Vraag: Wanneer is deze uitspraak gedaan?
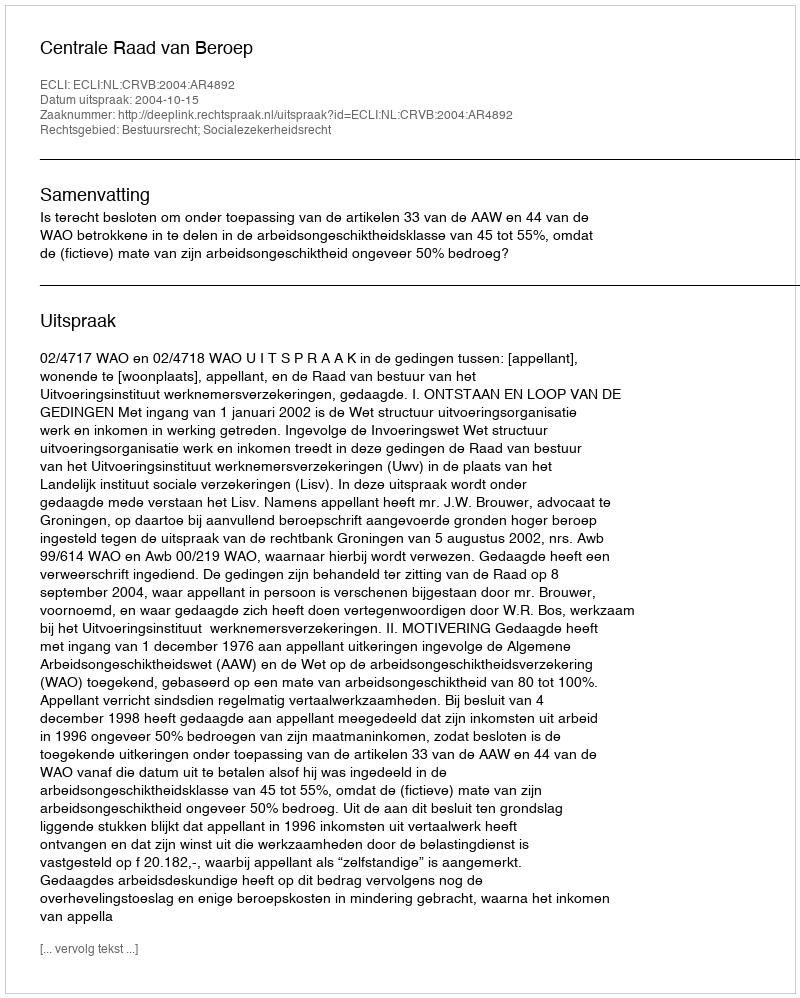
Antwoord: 2004-10-15